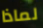
لماذا